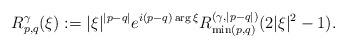
LaTeX: \begin{align*}R_{p,q}^{\gamma }(\xi ):=|\xi |^{|p-q|}e^{i(p-q)\arg \xi }R_{\min(p,q)}^{(\gamma ,|p-q|)}(2|\xi |^{2}-1).\end{align*}